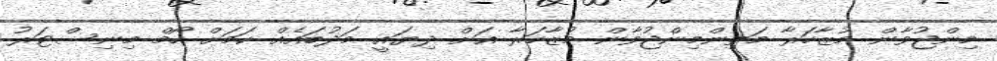
މިންޖުވާން މުޒާހަރާ މަތިންމިންޖުވާން މުޒާހަރާ އަށް ދިޔައީ މަދުބައެއް ކަމަށް ހޯމް މިނިސްޓަރު